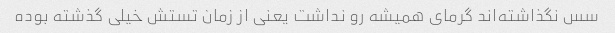
سس نگذاشته‌اند گرمای همیشه رو نداشت یعنی از زمان تستش خیلی گذشته بوده